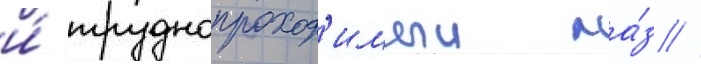
и́ труднопроход'имыи ла́з //